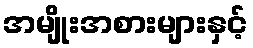
အမျိုးအစားများနှင့်